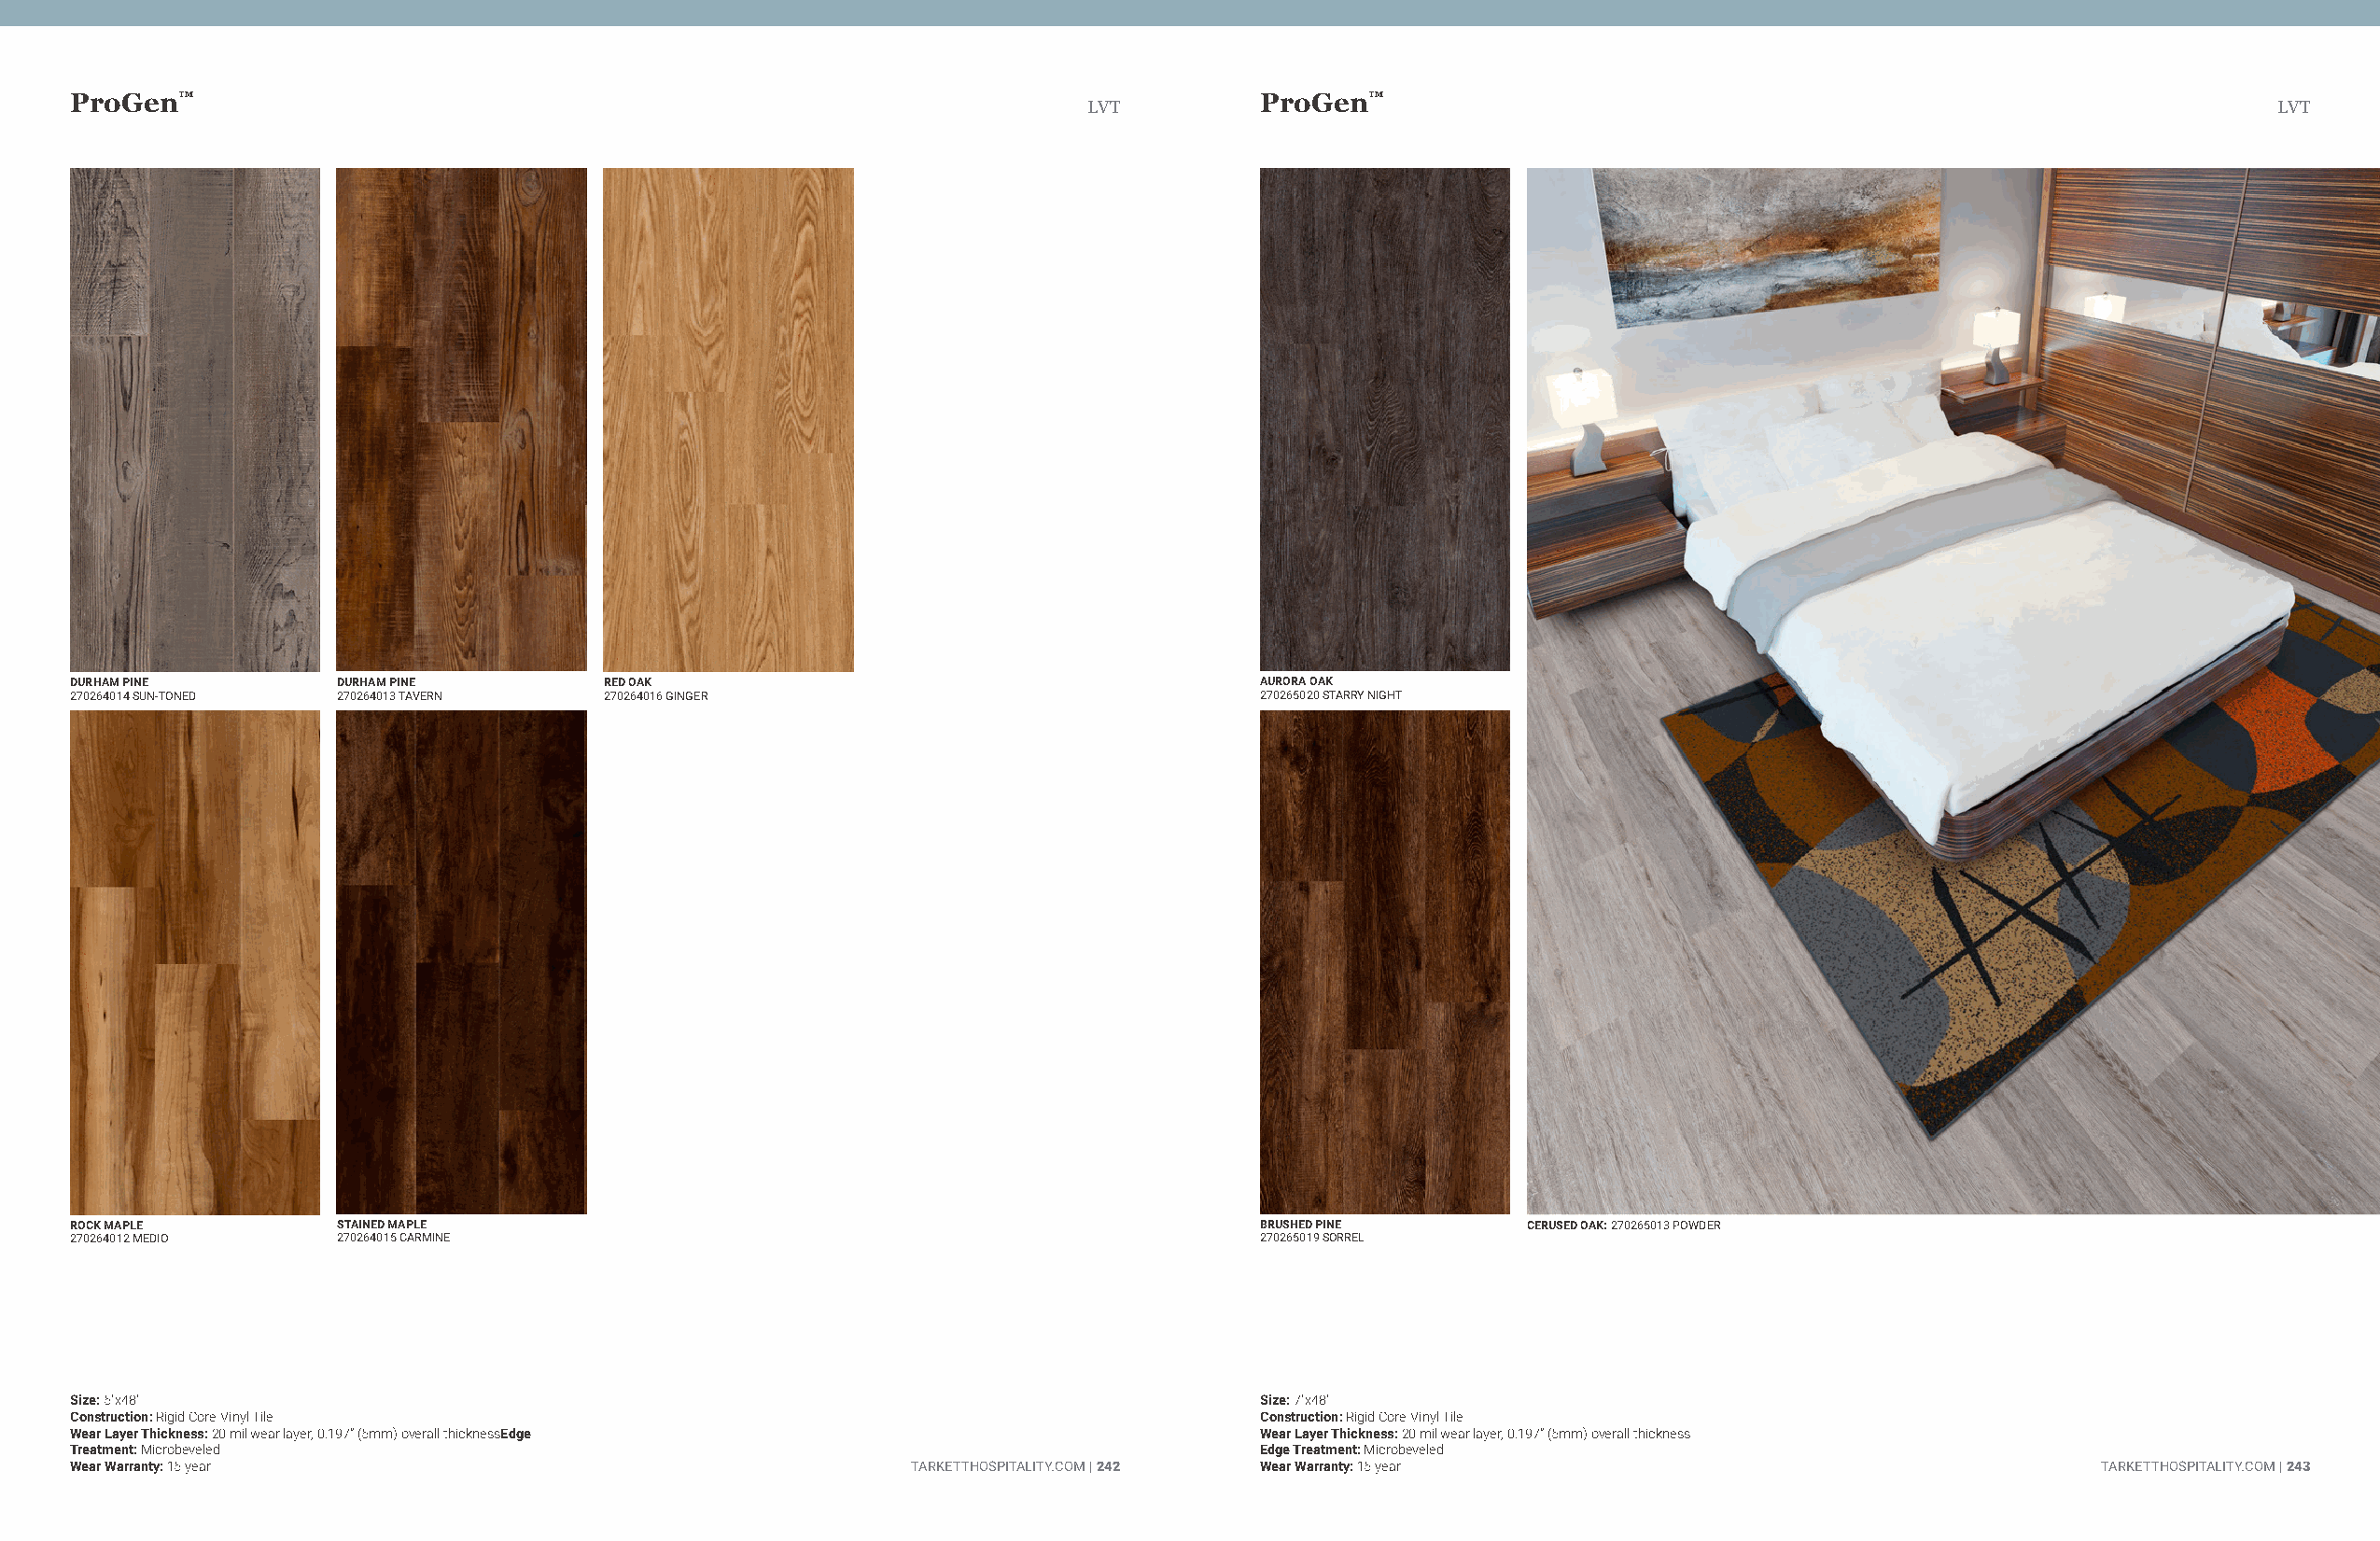
ProGen™                                                                             ProGen™
 LVT                                                                                  LVT
 DURHAM PINE        DURHAM PINE        RED OAK                                       AURORA OAK
 270264014 SUN-TONED 270264013 TAVERN  270264016 GINGER                              270265020 STARRY NIGHT
 ROCK MAPLE         STAINED MAPLE                                                    BRUSHED PINE       CERUSED OAK: 270265013 POWDER
 270264012 MEDIO    270264015 CARMINE                                                270265019 SORREL
 Size: 5"x48"                                                                        Size: 7"x48"
 Construction: Rigid Core Vinyl Tile                                                 Construction: Rigid Core Vinyl Tile
 Wear Layer Thickness: 20 mil wear layer, 0.197” (5mm) overall thicknessEdge         Wear Layer Thickness: 20 mil wear layer, 0.197” (5mm) overall thickness
 Treatment: Microbeveled                                                             Edge Treatment: Microbeveled
 Wear Warranty: 15 year                                      TARKETTHOSPITALITY.COM | 242 Wear Warranty: 15 year                                 TARKETTHOSPITALITY.COM | 243